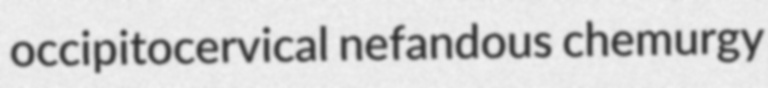
occipitocervical nefandous chemurgy